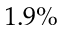
1 . 9 \%